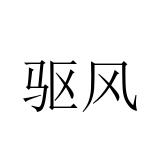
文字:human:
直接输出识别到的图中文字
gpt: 驱风